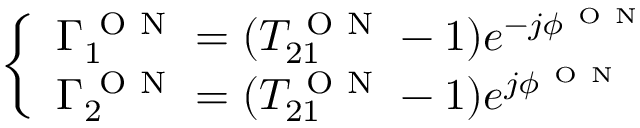
\left\{ \begin{array} { l } { \Gamma _ { 1 } ^ { \mathrm { ~ O ~ N ~ } } = ( T _ { 2 1 } ^ { \mathrm { ~ O ~ N ~ } } - 1 ) e ^ { - j \phi ^ { \mathrm { ~ O ~ N ~ } } } } \\ { \Gamma _ { 2 } ^ { \mathrm { ~ O ~ N ~ } } = ( T _ { 2 1 } ^ { \mathrm { ~ O ~ N ~ } } - 1 ) e ^ { j \phi ^ { \mathrm { ~ O ~ N ~ } } } } \end{array} \right.